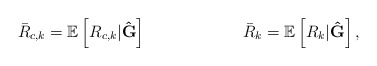
\begin{align*} \bar{R}_{c,k}&=\mathbb{E}\left[R_{c,k}|\mathbf{\hat{G}}\right] & \bar{R}_{k}=\mathbb{E}\left[R_{k}|\mathbf{\hat{G}}\right],\end{align*}